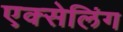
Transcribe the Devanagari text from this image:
एक्सेलिंग